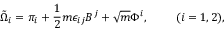
\tilde { \Omega } _ { i } = \pi _ { i } + \frac { 1 } { 2 } m \epsilon _ { i j } B ^ { j } + \sqrt { m } \Phi ^ { i } , { } ~ ~ ~ ~ ~ ~ ~ ( i = 1 , 2 ) ,